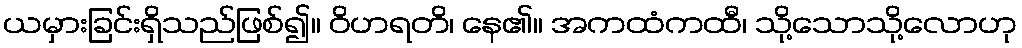
ယမှားခြင်းရှိသည်ဖြစ်၍။ ဝိဟရတိ၊ နေ၏။ အကထံကထီ၊ သို့သောသို့လောဟု